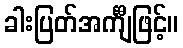
ခါးပြတ်အင်္ကျီဖြင့်။